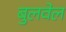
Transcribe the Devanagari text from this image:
बुलवेल